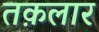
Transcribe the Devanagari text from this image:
तक़लार